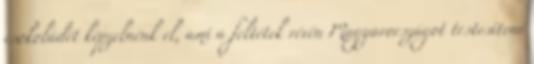
csokoládét képzelnénk el, ami a feltétek révén Magyarországot testesítené